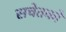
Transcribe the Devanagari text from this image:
सचेतकों